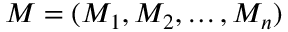
M = ( M _ { 1 } , M _ { 2 } , \ldots , M _ { n } )